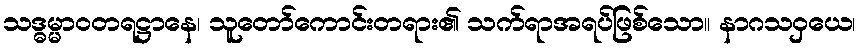
သဒ္ဓမ္မာဝတရဋ္ဌာနေ၊ သူတော်ကောင်းတရား၏ သက်ရာအရပ်ဖြစ်သော။ နာဂသဝှယေ၊